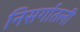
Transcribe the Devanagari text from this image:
निसर्गातली